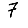
Digit: 7